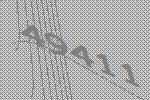
49411